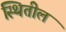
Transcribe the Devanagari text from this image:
स्थितील